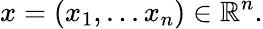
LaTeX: x=(x_{1},...x_{n})\in\mathbb{R}^{n}.